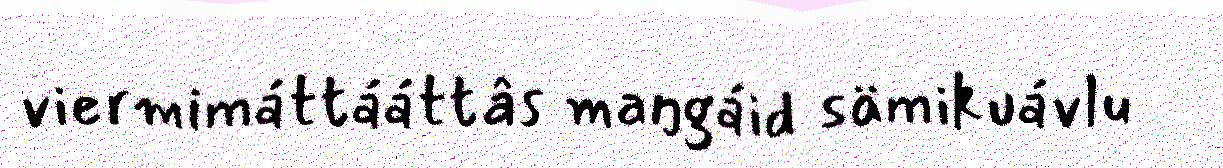
viermimáttááttâs maŋgáid sämikuávlu